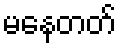
မနေတတ်